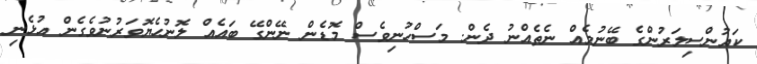
ކައުންސިލަރުންގެ ބޭނުމެއް ނެތެއްނު ދެން. މަސްހުނިވެސް މޮޑެން ނޭންގޭ ބައެއް ލޮނުހެޔޮވަރުނުވެގެން އުޅެނި